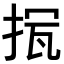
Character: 𢭨